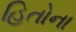
હિતોના